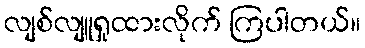
လျစ်လျူရှုထားလိုက် ကြပါတယ်။